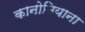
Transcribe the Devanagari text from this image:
कानोबियाना